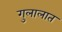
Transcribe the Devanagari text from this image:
गुलालात